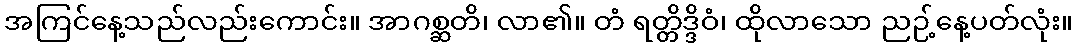
အကြင်နေ့သည်လည်းကောင်း။ အာဂစ္ဆတိ၊ လာ၏။ တံ ရတ္တိဒ္ဒိဝံ၊ ထိုလာသော ညဉ့်နေ့ပတ်လုံး။